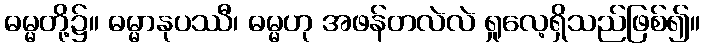
ဓမ္မတို့၌။ ဓမ္မာနုပဿီ၊ ဓမ္မဟု အဖန်တလဲလဲ ရှုလေ့ရှိသည်ဖြစ်၍။